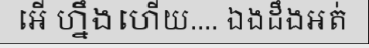
អើ ហ្នឹងហើយ.... ឯងដឹងអត់